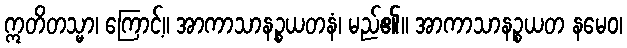
ဣတိတသ္မာ၊ ကြောင့်။ အာကာသာနဉ္စယတနံ၊ မည်၏။ အာကာသာနဉ္စယတ နမေဝ၊